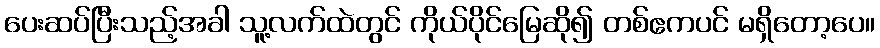
ပေးဆပ်ပြီးသည့်အခါ သူ့လက်ထဲတွင် ကိုယ်ပိုင်မြေဆို၍ တစ်ဧကပင် မရှိတော့ပေ။